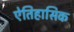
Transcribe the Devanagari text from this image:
ऐतिहासिक